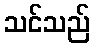
သင်သည်